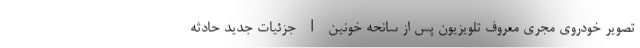
تصویر خودروی مجری معروف تلویزیون پس از سانحه خونین | جزئیات جدید حادثه